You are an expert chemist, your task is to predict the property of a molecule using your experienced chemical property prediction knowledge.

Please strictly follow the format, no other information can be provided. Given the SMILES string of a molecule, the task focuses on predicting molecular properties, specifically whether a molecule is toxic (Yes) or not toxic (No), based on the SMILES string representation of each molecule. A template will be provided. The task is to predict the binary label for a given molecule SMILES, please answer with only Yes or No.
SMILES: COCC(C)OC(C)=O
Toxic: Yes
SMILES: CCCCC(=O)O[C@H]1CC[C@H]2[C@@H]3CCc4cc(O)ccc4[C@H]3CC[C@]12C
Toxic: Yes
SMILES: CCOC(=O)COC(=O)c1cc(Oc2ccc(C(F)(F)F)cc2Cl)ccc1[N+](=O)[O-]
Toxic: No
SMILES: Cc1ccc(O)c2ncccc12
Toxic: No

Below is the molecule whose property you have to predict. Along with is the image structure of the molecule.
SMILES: C[C@]12CC[C@H]3[C@H]([C@@H]1[C@@H]1C[C@@H]1[C@@]21CCC(=O)O1)[C@H]1C[C@H]1C1=CC(=O)CC[C@@]13C
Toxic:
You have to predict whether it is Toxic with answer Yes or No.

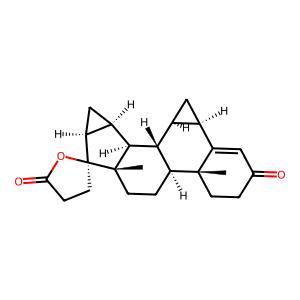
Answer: Yes